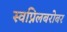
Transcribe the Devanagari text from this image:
स्वप्निलबरोबर